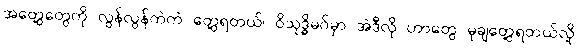
အတွေ့တွေကို လွန်လွန်ကဲကဲ တွေ့ရတယ်၊ ဝိသုဒ္ဓိမဂ်မှာ အဲဒီလို ဟာတွေ မုချတွေ့ရတယ်လို့